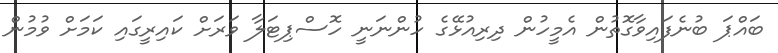
ބައްޕަ ބުނެފައިވާގޮތުން އެމީހުން ދިރިއުޅޭގެ ހުންނަނީ ހޮސްޕިޓަލާ ވަރަށް ކައިރީގައި ކަމަށް ވުމުން